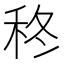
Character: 𮂽